Vaccination in the Punjab 1867-1880 - 1867-1880
Year: 1867
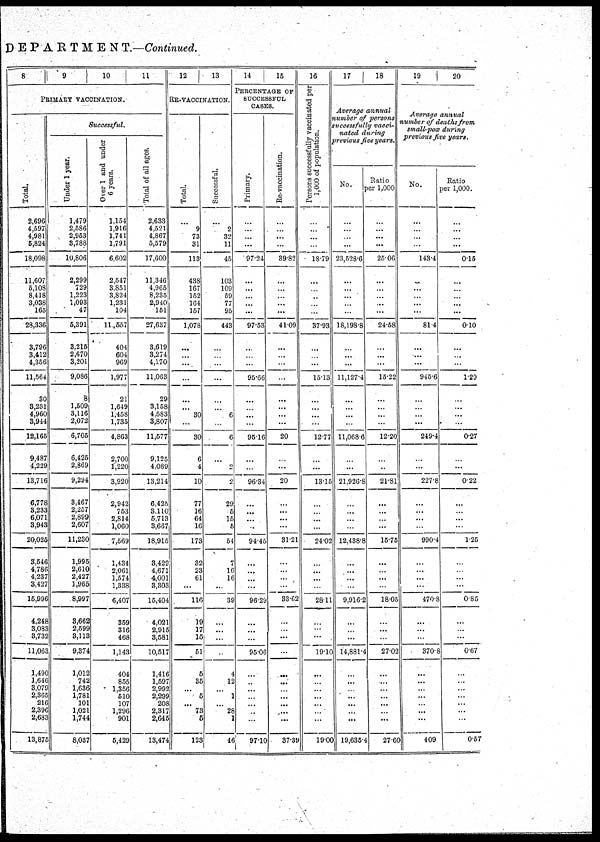
DEPARTMENT.—Continued.
8
Total.
2,696
4,597
4,981
5,824
18,098
11,607
5,108
8,418
3,038
165
28,336
3,796
3,412
4,356
11,564,
30
3,231
4,960
3,944
12,165
9,487
4,229
13,716
6,778
3,233
6,071
3,943
20,025
3,546
4,786
4,237
3,427
15,996
4,248
3,083
3,732
11,063
1,490
1,646
3,079
2,365
216
2,396
2,683
13,875
9
10
11
PRIMARY VACCINATION.
Successful.
Under 1 year.
1,479
2,686
2,953
3,788
10,806
2,299
729
1,223
1,093
47
5,391
3,215
2,670
3,201
9,086
8
1,509
3,116
2,072
6,705
6,425
2,869
9,294
3,467
2,257
2,899
2,607
11,230
1,995
2,610
2,427
l,965
8,997
3,662
2,599
3,113
9,374
1,012
742
1,636
1,781
101
1,021
1,744
8,037
Over 1 and under
6 years.
1,154
1,916
1,741
1,791
6,602
2,547
3,851
3,824
1,231
104
11,557
404
604
969
1,977
21
1,649
1,458
1,735
4,863
2,700
1,220
3,920
2,942
753
2,814
1,060
7,569
1,434
2,061
1,574
1,338
6,407
359
316
468
1,143
404
855
1,356
510
107
1,296
901
5,429
Total of all ages.
2,633
4,521
4,867
5,579
17,600
11,346
4,965
8,235
2,940
151
27,637
3,619
3,274
4,170
11,063
29
3,158
4,683
3,807
11,577
9,125
4,089
13,214
6,425
3,110
5,713
3,667
18,915
3,429
4,671
4,001
3,303
15,404
4,021
2,915
3,581
10,517
1,416
1,697
2,992
2,299
208
2,317
2,645
13,474
12
13
RE-VACCINATION.
Total.
...
9
73
31
113
438
167
152
164
157
1,078
...
...
...
...
...
...
30
...
30
6
4
10
77
16
64
16
173
32
23
61
...
116
19
17
15
51
5
35
...
5
...
73
5
123
Successful.
...
2
32
11
45
103
109
59
77
95
443
...
...
...
...
...
...
6
...
6
...
2
2
29
5
15
5
54
7
16
16
...
39
...
...
...
...
4
12
...
1
...
28
1
46
14
15
PERCENTAGE OF
SUCCESSFUL
CASES.
Primary.
...
...
...
...
97.24
...
...
...
...
...
97.53
...
...
...
95.66
...
...
...
...
95.16
...
...
96.34
...
...
...
...
94.45
...
...
...
...
96.29
...
...
...
95.06
...
...
...
...
...
...
...
97.10
Re-vaccination.
...
...
...
...
39.82
...
...
...
...
...
41.09
...
...
...
...
...
...
...
...
20
...
...
20
...
...
...
...
31.21
...
...
...
...
33.62
...
...
...
...
...
...
...
...
...
...
...
37.39
16
Persons successfully vaccinated per
1,000 of population.
...
...
...
...
18.79
...
...
...
...
...
37.93
...
...
...
15.13.
...
...
...
...
12.77
...
...
13.15
...
...
...
...
24.02
...
...
...
...
28.11
...
...
...
19.10
...
...
...
...
...
...
...
19.00
17
18
Average annual
number of persons
successfully vacci-
nated during
previous five years.
No.
...
...
...
...
23,528.6
...
...
...
...
...
18,198.8
...
...
...
11,127.4
...
...
...
...
11,068.6
...
...
21,926.8
...
...
...
...
12,438.8
...
...
...
...
9,916.2
...
...
...
14,881.4
...
...
...
...
...
...
...
19,635.4
Ratio
per 1,000
...
...
...
...
25.06
...
...
...
...
...
24.58
...
...
... 15.22
...
...
...
...
12.20
...
...
21.81
...
...
...
...
15.75
...
...
...
...
18.05
...
...
...
27.02
...
...
...
...
...
...
...
27.60
19
20
Average annual
number of deaths from
small-pox during
previous five years.
No.
...
...
...
...
143.4
...
...
...
...
...
81.4
...
...
...
945.6
...
...
...
...
249.4
...
...
227.8
...
... ...
...
990.4
...
...
...
...
470.8
...
...
...
370.8
...
...
...
...
...
...
...
409
Ratio
per 1,000.
...
...
...
...
0.15
...
...
...
...
...
0.10
1.29
...
...
...
...
0.27
...
0. 22
...
...
...
1.25
0. 85
...
...
...
0.67
...
...
...
...
...
...
...
0.57